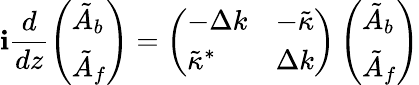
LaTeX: \mathbf{i}\frac{{d}}{{dz}}\left(\begin{array}{l}{\tilde{A}_{b}}\\ {\tilde{A}_{f}}\end{array}\right)=\left(\begin{array}{ll}{-\Delta k}&{-\tilde{\kappa}}\\ {\tilde{\kappa}^{*}}&{\Delta k}\end{array}\right)\left(\begin{array}{l}{\tilde{A}_{b}}\\ {\tilde{A}_{f}}\end{array}\right)